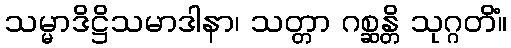
သမ္မာဒိဋ္ဌိသမာဒါနာ၊ သတ္တာ ဂစ္ဆန္တိ သုဂ္ဂတိံ။